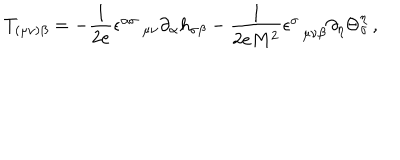
LaTeX: T _ { ( \mu \nu ) \beta } = - \frac { 1 } { 2 e } \epsilon _ { \, \, \, \, \, \, \, \mu \nu } ^ { \alpha \sigma } \partial _ { \alpha } h _ { \sigma \beta } - \frac { 1 } { 2 e M ^ { 2 } } \epsilon _ { \, \, \, \, \mu \nu \beta } ^ { \sigma } \partial _ { \eta } \Theta _ { \sigma } ^ { \eta } \, ,